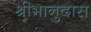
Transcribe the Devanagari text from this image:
श्रीभानुदास